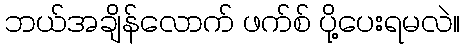
ဘယ်အချိန်လောက် ဖက်စ် ပို့ပေးရမလဲ။